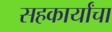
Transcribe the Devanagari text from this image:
सहकार्यांचा